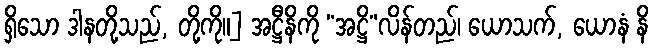
ရှိသော ဒါနတို့သည်, တို့ကို။] အဋ္ဌီနိကို “အဋ္ဌိ”လိန်တည်၊ ယောသက်, ယောနံ နိ